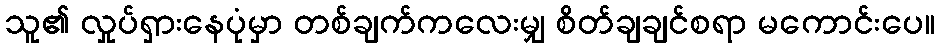
သူ၏ လှုပ်ရှားနေပုံမှာ တစ်ချက်ကလေးမျှ စိတ်ချချင်စရာ မကောင်းပေ။